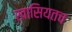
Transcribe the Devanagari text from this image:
खासियतच